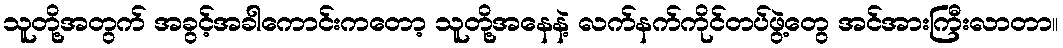
သူတို့အတွက် အခွင့်အခါကောင်းကတော့ သူတို့အနေနဲ့ လက်နက်ကိုင်တပ်ဖွဲ့တွေ အင်အားကြီးလာတာ။